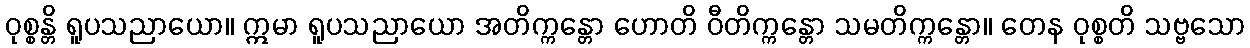
ဝုစ္စန္တိ ရူပသညာယော။ ဣမာ ရူပသညာယော အတိက္ကန္တော ဟောတိ ဝီတိက္ကန္တော သမတိက္ကန္တော။ တေန ဝုစ္စတိ သဗ္ဗသော